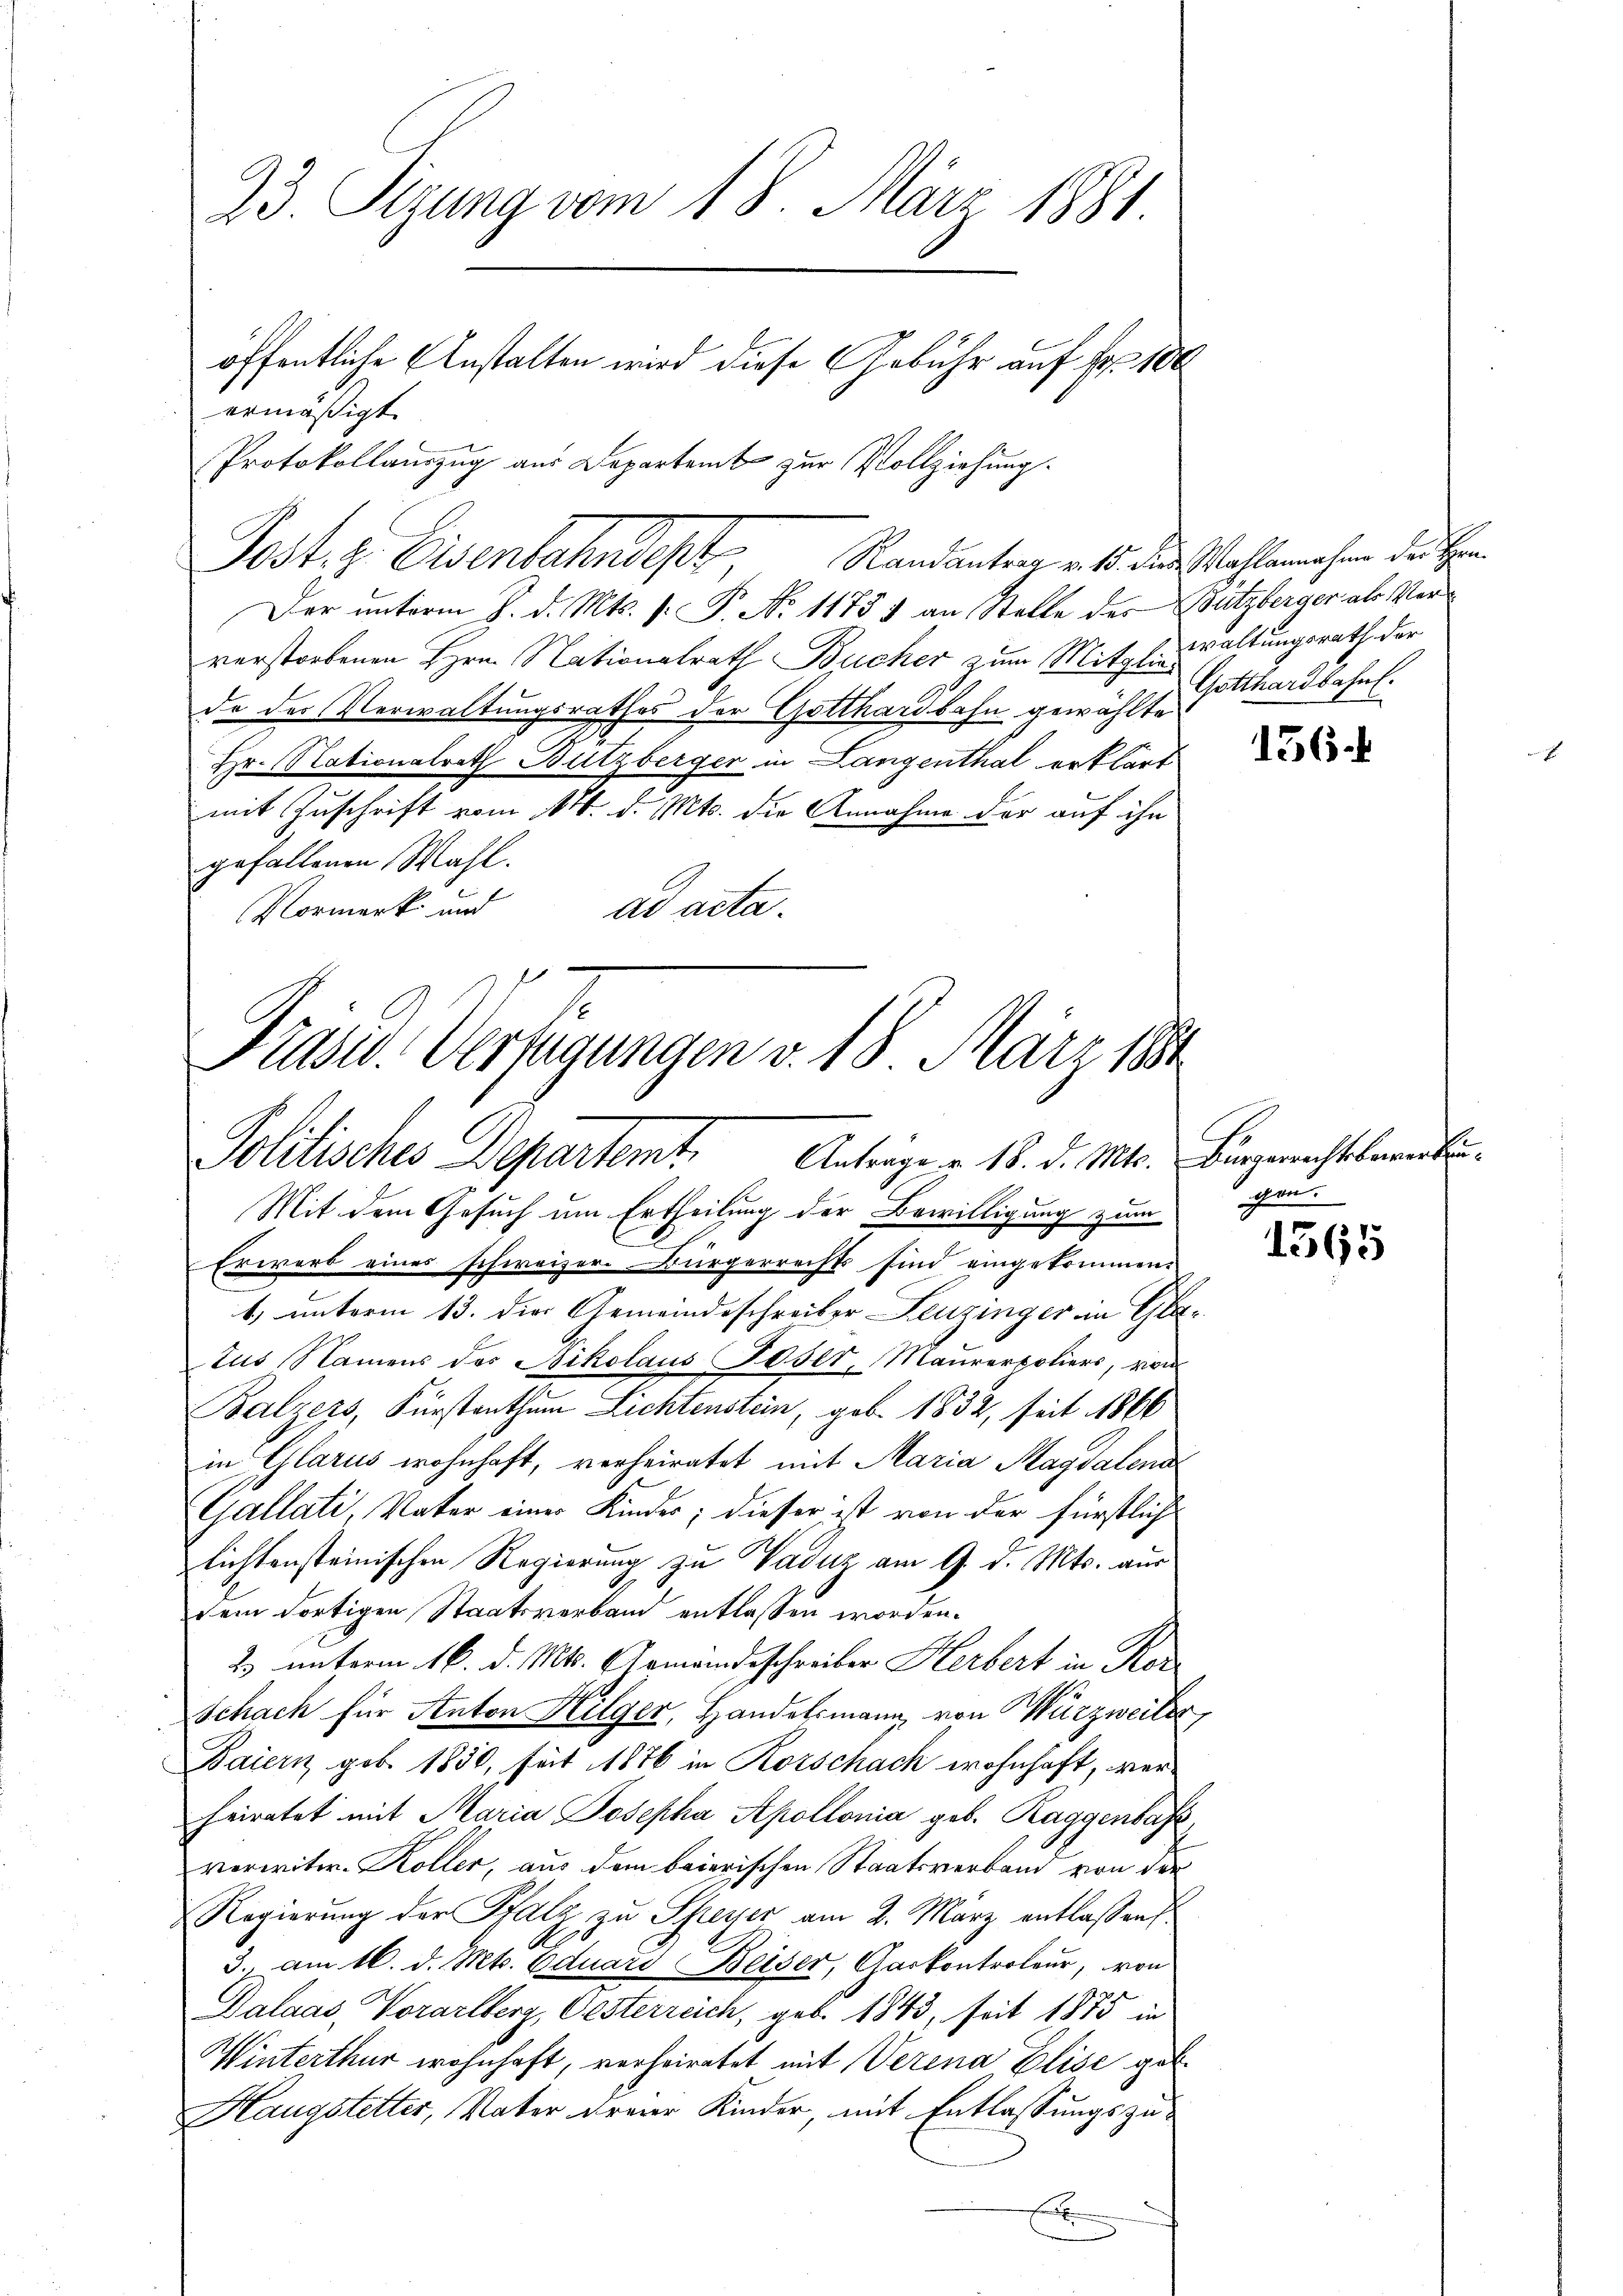
23. Sizung vom 18. März 1881.
öffentliche Anstalten wird diese Gebühr auf Fr. 100
ermäßigt.
Protokollauszug aus Departent zur Vollziehung.

Jost z. Eisenbahndest
Der unterm 8. d. Mts. v. P. No 1175 & an Stelle des Butzberger als Ververstorbenen Hrn. Nationalrath Bücher zum Mitglewaltungsrath der
de des Verwaltungsrathes der Gotthardbahn gewählte
Hr. Nationalrath Butzberger in Langenthal erklärt
mit Zuschrift vom 11. d. Mts. die Annahme der auf ihn
gefallenen Wahl.
ad acta.
Vormerk und

Politisches Departemt. Antrage v. 18. d. Mts. Bürgerichtbarente.
Mit dem Gesuch um Ertheilung der Bewilligung zum

Prast. Verfügungen v. 18. März 1881

Erwarb eines schweizer. Bürgerrechts sind eingekommen.
1) unterm 13. die Gemeindeschreiber Leuzinger in Getus Namens des Nikolaus Faser, Maurerpoliers, von
Balzers, Fürstenthum Lichtenstein, geb. 1832, seit 1866
in Glarus wohnhaft, verheiratet mit Maria Magdalena
Gallati, Vater einer Kinder; dieser ist von der fürstliche
lichtensteinischen Regierung zu Vaduz am 9. d. Mts. aus
dem dortigen Staatsverband entlassen worden.
2) unterm 16. d. Mts. Gemeindsschreiber Herbert in Kor
Schach für Anton Hilger, Handelsmann von Würzweiter,
Baiern geb. 1850, seit 1876 in Korschach wohnhaft, verheiratet mit Maria Josepha Apollonia geb. Raggenbas,
verwitw. Koller, aus dem baierischen Staatsverband von der
Regierung der Pfalz zu Speyer am 2. März entlaßen
3. am 16. d. Mts. Eduard Beiser, Garkontroleur, von
Dalaas, Vorarlberg, Oesterreich, geb. 1843, seit 1875 in
Winterthur wohnhaft, verheiratet mit Verena Elise gel
Haugstetter, Vater dreier Kinder, mit Entlassungszu¬
E

Randantrag v. 15. die Wahlannahme der Han¬
Gotthardbahnl.

136.

ge

1565